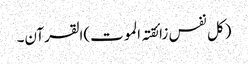
(کل نفس زائقتہ الموت)القرآن۔